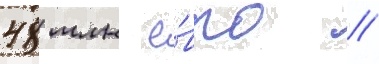
48 млн е́вро //